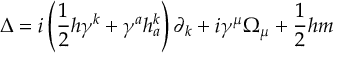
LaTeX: \Delta = i \left( \frac 1 2 h \gamma ^ { k } + \gamma ^ { a } h _ { a } ^ { k } \right) \partial _ { k } + i \gamma ^ { \mu } \Omega _ { \mu } + \frac 1 2 h m